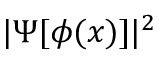
| \Psi [ \phi ( x ) ] | ^ { 2 }